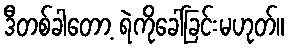
ဒီတစ်ခါတော့ ရဲကိုခေါ်ခြင်းမဟုတ်။